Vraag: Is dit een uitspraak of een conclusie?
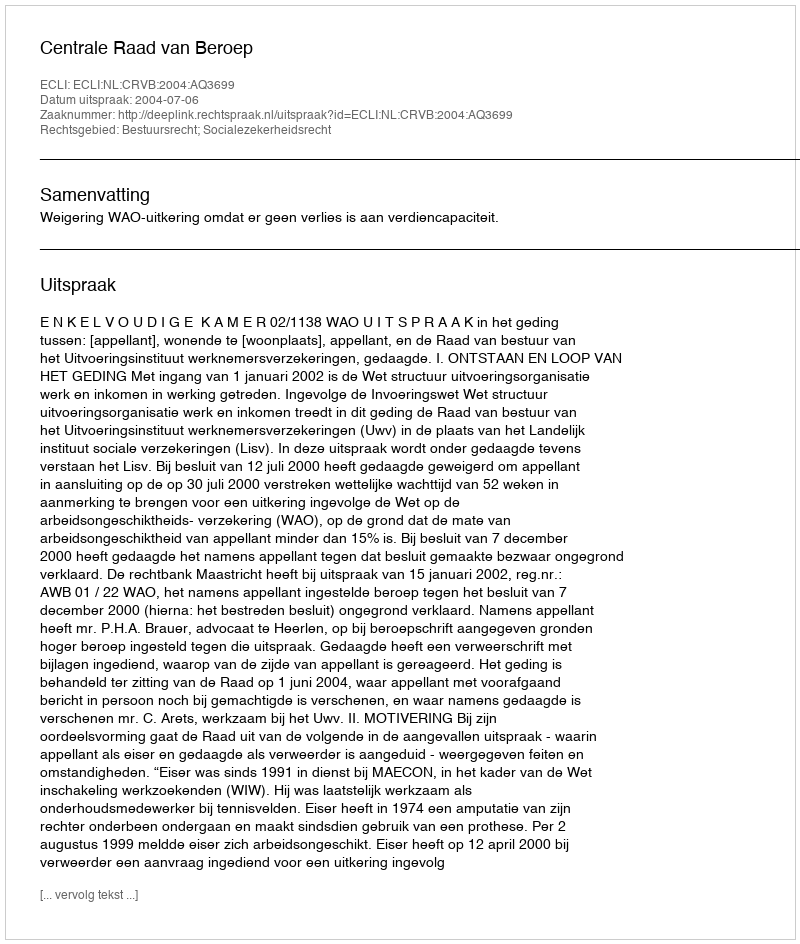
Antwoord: Uitspraak